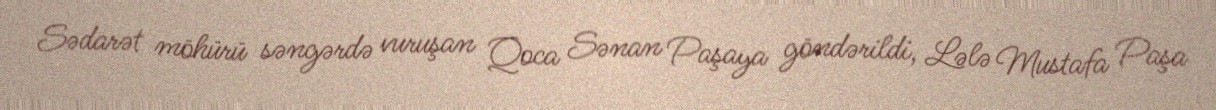
Sədarət möhürü səngərdə vuruşan Qoca Sənan Paşaya göndərildi, Lələ Mustafa Paşa